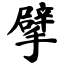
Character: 擘